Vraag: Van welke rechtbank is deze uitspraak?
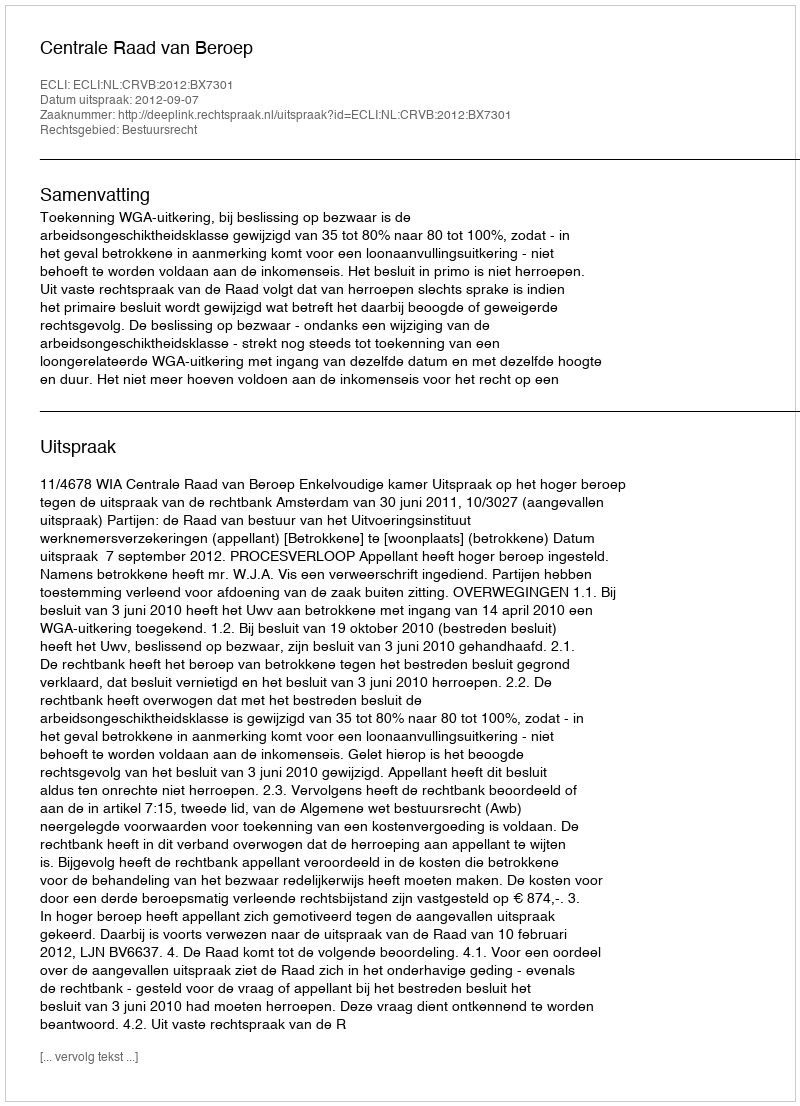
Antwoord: Centrale Raad van Beroep